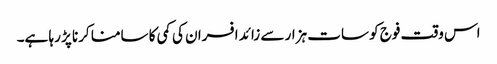
اس وقت فوج کو سات ہزار سے زائد افسران کی کمی کا سامنا کرنا پڑ رہا ہے۔